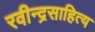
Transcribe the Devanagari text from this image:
रवीन्द्रसाहित्य